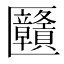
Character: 㔶